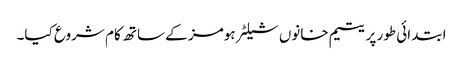
ابتدائی طور پر یتیم خانوں شیلٹر ہومز کے ساتھ کام شروع کیا۔